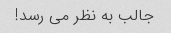
جالب به نظر می رسد!